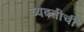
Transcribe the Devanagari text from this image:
व्यक्तीचीं